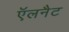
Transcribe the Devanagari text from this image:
ऍलनैट